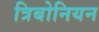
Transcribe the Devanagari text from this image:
त्रिबोनियन